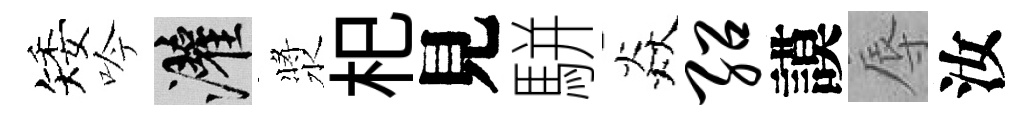
矮吟灌漿𣏌見駢焱绍謨辱汝